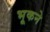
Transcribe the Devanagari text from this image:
भूकने